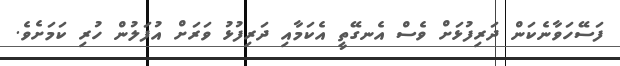
ފަސޭހަވާނެކަން ދަރިފުޅަށް ވެސް އެނގޭތީ އެކަމާއި ދަރިފުޅު ވަރަށް އުފަލުން ހުރި ކަމަށެވެ.